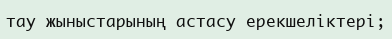
тау жыныстарының астасу ерекшеліктері;